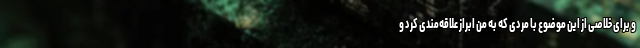
و برای خلاصی از این موضوع با مردی که به من ابراز علاقه‌مندی کرد و